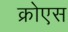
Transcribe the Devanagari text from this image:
क्रोएस